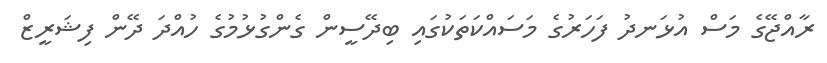
ރާއްޖޭގެ މަސް އުޅަަނދު ފަހަރުގެ މަސައްކަތަކުގައި ބިދޭސީން ގެންގުޅުމުގެ ހުއްދަ ދޭން ފިޝަރީޒް